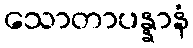
သောတာပန္နာနံ